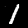
Digit: 1